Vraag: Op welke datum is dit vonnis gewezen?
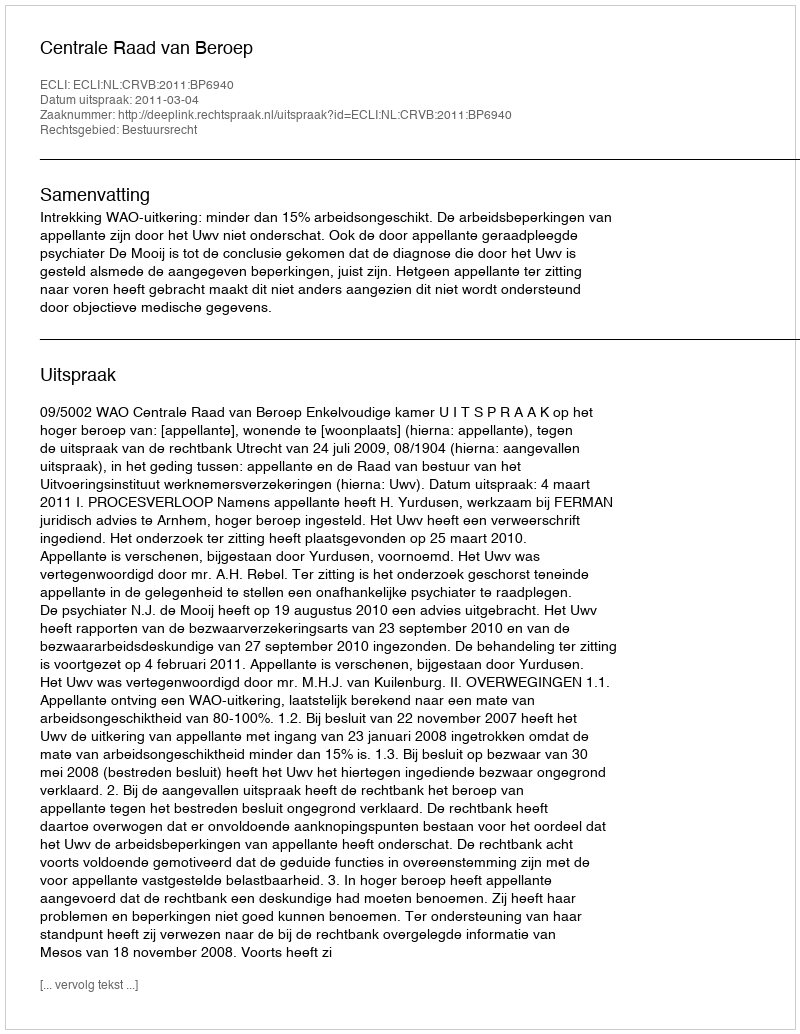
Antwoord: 2011-03-04